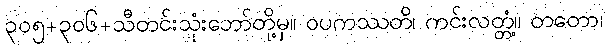
၃၀၅+၃၀၆+သီတင်းသုံးဘော်တို့မှ။ ဝပကဿတိ၊ ကင်းလတ္တံ့။ တတော၊